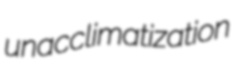
unacclimatization